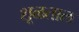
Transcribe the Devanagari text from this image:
शूळताल